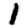
Digit: 1